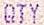
QTY